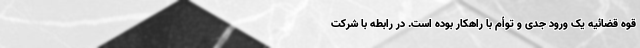
قوه قضائیه یک ورود جدی و توأم با راهکار بوده است. در رابطه با شرکت